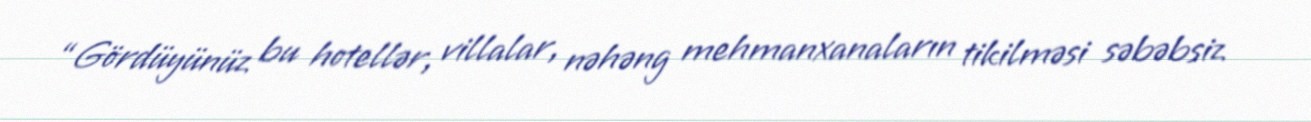
“Gördüyünüz bu hotellər, villalar, nəhəng mehmanxanaların tikilməsi səbəbsiz